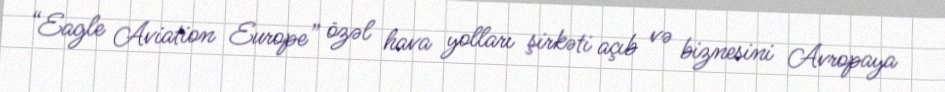
“Eagle Aviation Europe” özəl hava yolları şirkəti açıb və biznesini Avropaya